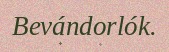
Bevándorlók.